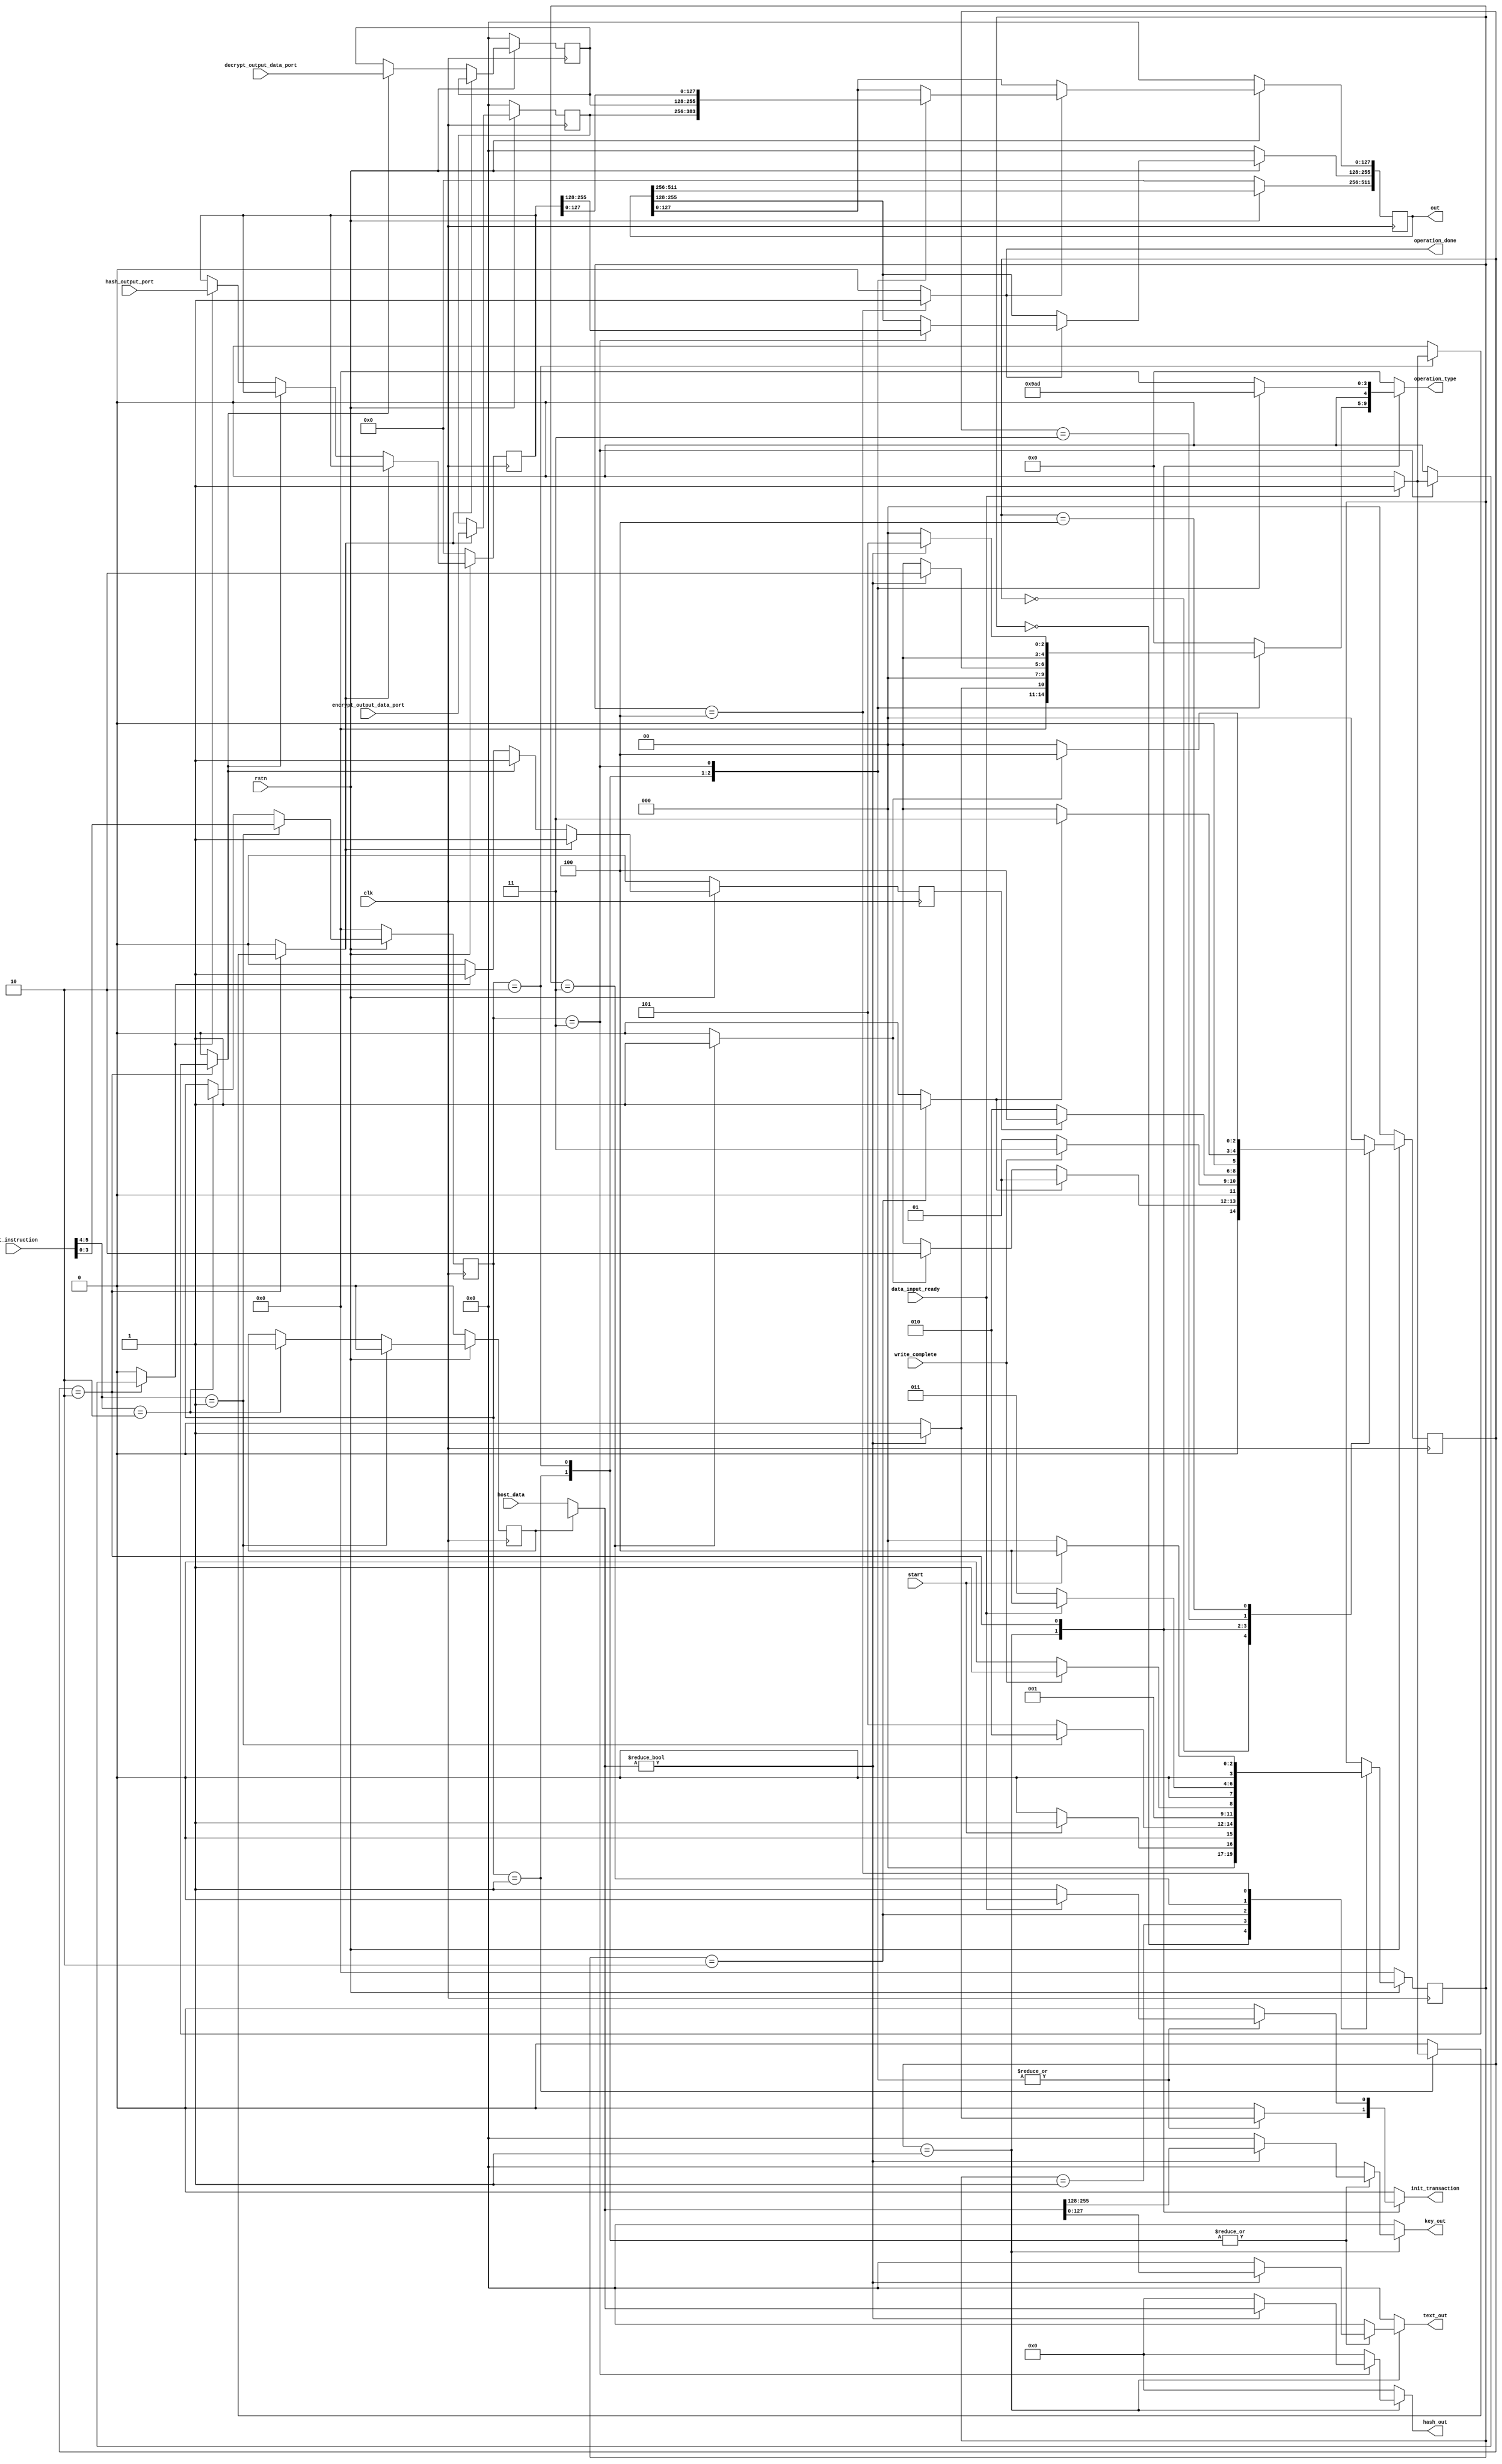
module master #(
	parameter integer INSTRUCT_SIZE = 4,
	parameter integer HOST_INSTRUCT_SIZE = 6,
	parameter SECURE_FUNC_ENC = 2'b10,
	parameter NON_SECURE_FUNC_ENC = 2'b01,
	parameter INSTRUCT_ENCRPT   = 4'b0001,
	parameter INSTRUCT_DECRPT   = 4'b0010,
	parameter INSTRUCT_HASH     = 4'b0011,
	parameter integer NO_OF_SLAVE = 7,
	
	//
	parameter integer ADDR_BUS_WIDTH = 32,
	parameter integer DATA_BUS_WIDTH = 32,
	parameter integer INPUT_DATA_SIZE = 128,
	parameter integer MAX_INPUT_DATA_SIZE = 512,
	parameter integer AES_TEXT_KEY_SIZE = 128,
	parameter integer HASH_INPUT_SIZE = 512,
	parameter integer HASH_OUTPUT_SIZE = 256,
	parameter integer MAX_OUTPUT_DATA_SIZE = 512,
	//
	parameter integer OPERATION_ENCODE_SIZE = 5,
	parameter ENCRPT_WRITE_ENCODE   = 5'b00001,
	parameter DECRPT_WRITE_ENCODE   = 5'b00010,
	parameter HASH_WRITE_ENCODE     = 5'b00101,
	parameter ENCRPT_READ_ENCODE    = 5'b01001,
	parameter DECRPT_READ_ENCODE    = 5'b01010,
	parameter HASH_READ_ENCODE      = 5'b01101,
	
	parameter total_number_byte_size = 8,
	parameter enable_data_out_size = 32,
	parameter test_response_size = 32,
	parameter KS_value_size = 4,
	parameter P_value_size = 4,
	parameter capture_count_size = 16,
	parameter Private_key_chip_size = 128,
	parameter hash_output_size = 256,
	
	//Base addresses
	parameter AES_WRITE_BASE_ADDR = 32'h00000000,
	parameter AES_READ_BASE_ADDR = 32'h00000190,
	parameter HASH_WRITE_BASE_ADDR = 32'h00000640,
	parameter HASH_READ_BASE_ADDR= 32'h000007D0



)
( clk, rstn, host_instruction, host_data, write_complete, text_out, key_out, operation_type, hash_out, 
encrypt_output_data_port, decrypt_output_data_port, hash_output_port, 
data_input_ready, init_transaction, start, operation_done, out


    );
    
    //Global Input signals and inputs from host
    input clk, rstn;
    input [HOST_INSTRUCT_SIZE-1:0] host_instruction;
    input [MAX_INPUT_DATA_SIZE-1:0] host_data;
    input start;
    
    //Inputs from SAP master wrapper for internal transactions
    
    input data_input_ready;
    input write_complete;
    input [AES_TEXT_KEY_SIZE-1:0] encrypt_output_data_port, decrypt_output_data_port;
    input [HASH_OUTPUT_SIZE-1:0] hash_output_port;
    
    //output signals to host
    //output reg busy;
    output reg operation_done;
	output reg [MAX_OUTPUT_DATA_SIZE-1:0] out;
    
    //Output signals to wrapper for internal transactions
   
    output reg [AES_TEXT_KEY_SIZE-1:0] text_out;
    output reg [AES_TEXT_KEY_SIZE-1:0] key_out;
    output reg [HASH_INPUT_SIZE-1:0] hash_out;
    output reg [OPERATION_ENCODE_SIZE-1:0] operation_type;
    output reg init_transaction;
    
    reg [MAX_INPUT_DATA_SIZE-1:0] input_data_port;
    wire [MAX_INPUT_DATA_SIZE-1:0] internal_data_port;
    wire [HASH_INPUT_SIZE-1:0] hash_input;
    wire [1:0] secure_or_non;
    reg input_select;
    reg [INSTRUCT_SIZE-1:0] input_instuct;
    reg [AES_TEXT_KEY_SIZE-1:0] encrypt_output, decrypted_output;
    reg [HASH_OUTPUT_SIZE-1:0] hash_output;
    reg encrypt_output_ready, decrypt_output_ready, hash_output_ready;
    reg input_data_transfer_complete;
    reg non_secure_func_start;
    reg secure_func_start;
    reg [INSTRUCT_SIZE-1:0] sap_secure_instruction;
    reg [NO_OF_SLAVE-1:0] slave_busy;
    reg write_start, read_start;

    //Input select determines whether the input is coming from HOST processor 
    
	always @(input_select or host_data or internal_data_port)
		begin
			if (input_select  == 0)
				input_data_port <= host_data;
			else 
				input_data_port <= internal_data_port;
		end
    
    assign secure_or_non = host_instruction[HOST_INSTRUCT_SIZE-1:HOST_INSTRUCT_SIZE-2];
    
    // Instruction decode for secure and non-secure task. assignment of input_instuct
    
    always @(posedge clk )
    begin
        if (rstn == 0)
            begin
                input_instuct <= 0;
                input_select <= 0;
            end
        else 
            begin
                if (secure_or_non == NON_SECURE_FUNC_ENC)
                    begin
                        input_instuct <= host_instruction[HOST_INSTRUCT_SIZE-3:0];
                        input_select <= 0;
                    end
                else if (secure_or_non == SECURE_FUNC_ENC)
                    begin
                        input_instuct <= sap_secure_instruction;
                        input_select <= 1;
                    end
            end
    end
	
	// output to host
	
	always @(posedge clk)
		begin
			if (rstn == 0)
				begin
					out <= 0;
				end
				
			else 
				begin
					if (operation_done == 1)
						begin
							case (input_instuct)
									INSTRUCT_ENCRPT  : begin out[AES_TEXT_KEY_SIZE-1:0] <= encrypt_output; end
									INSTRUCT_DECRPT  : begin out[AES_TEXT_KEY_SIZE-1:0] <= decrypted_output; end
									INSTRUCT_HASH    : begin out[HASH_OUTPUT_SIZE-1:0] <= hash_output; end
							endcase
						end
						
				end
		
		end
    
    // Determining if any slave is busy or idle
    
    always @(posedge clk)
        begin
            if (rstn == 0)
                begin
                    slave_busy <= 0;
                end
              
             else if (write_complete == 1)
                begin
                    case (input_instuct)
                        INSTRUCT_ENCRPT  : begin slave_busy[0] <= 1; end
                        INSTRUCT_DECRPT  : begin slave_busy[0] <= 1; end
                        INSTRUCT_HASH    : begin slave_busy[1] <= 1; end
                     endcase
                end
             else if (input_data_transfer_complete == 1)
                begin
                    case (input_instuct)
                        INSTRUCT_ENCRPT  : begin slave_busy[0] <= 0; end
                        INSTRUCT_DECRPT  : begin slave_busy[0] <= 0; end
                        INSTRUCT_HASH    : begin slave_busy[1] <= 0; end
                     endcase
                end
  
        end
        
   
    //Registers to store the read data from slaves
     always @(posedge clk) begin
        if (rstn == 0) begin
          
			encrypt_output <= 0;
			decrypted_output <= 0;
			hash_output <= 0;
			input_data_transfer_complete <= 0;
        end
        
     else if (encrypt_output_ready == 1) 
        begin
            encrypt_output <= encrypt_output_data_port;  
            input_data_transfer_complete <= 1;
        end   
     else if (decrypt_output_ready == 1)  
        begin      
            decrypted_output <= decrypt_output_data_port;  
            input_data_transfer_complete <= 1;
        end
     else if (hash_output_ready == 1)       
        begin 
            hash_output <= hash_output_port;        
            input_data_transfer_complete <= 1;
        end    
  
    //#################################################################################
    else
        input_data_transfer_complete <= 0;
     end
     //#################################################################################
     
    //FSM for managing read and write to the components
    localparam   IDLE  = 'd0,
                WRITE = 'd1,
                READ  = 'd2,
                WRITE_DONE  = 'd3,
                READ_DONE = 'd4;
        
    reg [2:0] state, next_state;
            
    always @(posedge clk)
    begin
        if (rstn == 0)
            state <= IDLE;
        else 
            state <= next_state;
    end
    
    always @(*)
    begin
    
        next_state <= state;
        init_transaction <= 0;

        text_out <= 0;
        key_out <= 0;
        operation_type <= 0;
        hash_out <= 0;
        encrypt_output_ready <= 0;
        decrypt_output_ready <= 0;
        hash_output_ready <= 0;
        
        case(state)
            IDLE:   begin
                        if (write_start == 1)
                            next_state <= WRITE;
                        else if (read_start == 1)
                            next_state <= READ;
                        else 
                            next_state <= IDLE;
                    end
                    
             WRITE: begin    
                         if (write_complete == 1)
                            begin
                                init_transaction <= 0;
                                next_state <= WRITE_DONE;
                            end
                         else 
                                next_state <= WRITE;
                              
                                            
                       case (input_instuct)
                       INSTRUCT_ENCRPT:     begin
                                                    
                                                    if (input_data_port != 0)
                                                    begin
                                                            text_out <= input_data_port[AES_TEXT_KEY_SIZE-1:0];
                                                            key_out <= input_data_port[AES_TEXT_KEY_SIZE*2-1:AES_TEXT_KEY_SIZE];
                                                            operation_type <= ENCRPT_WRITE_ENCODE;
                                                            init_transaction <= 1;
                                                           
                                                    end
                                                                                                     
                                            end
                                            
                       INSTRUCT_DECRPT:     begin
                                                    if (input_data_port != 0)
                                                    begin
                                                            text_out <= input_data_port[AES_TEXT_KEY_SIZE-1:0];
                                                            key_out <= input_data_port[AES_TEXT_KEY_SIZE*2-1:AES_TEXT_KEY_SIZE];
                                                            operation_type <= DECRPT_WRITE_ENCODE;
                                                            init_transaction <= 1;
                                                       
                                                    end
                                                                                                      
                                            end 
                                            
                       INSTRUCT_HASH:       begin
                                                    if (input_data_port != 0)
                                                    begin
                                                            hash_out <= input_data_port[HASH_INPUT_SIZE-1:0];
                                                            operation_type <= HASH_WRITE_ENCODE;
                                                            init_transaction <= 1;
                                                        
                                                    end
                                                    
                                            end 
                                        
                       endcase                   
                    end
                    
             READ: begin
                            
                         if (input_data_transfer_complete == 1) 
                            begin
                                init_transaction <= 0;
                                next_state <= READ_DONE;
                            end
                         else 
                            begin
                                next_state <= READ;
                            end
                            
                        case (input_instuct)
                        
                        INSTRUCT_ENCRPT:    begin
                                                operation_type <= ENCRPT_READ_ENCODE;
                                                init_transaction <= 1;
                                                //#################################################################################
                                                if (data_input_ready == 1 )
                                                begin 
                                                    encrypt_output_ready <= 1;
                                                    init_transaction <= 0;
                                                end
                                                //#################################################################################
                                                
 
                                            end
                                            
                        INSTRUCT_DECRPT:    begin
                                                operation_type <= DECRPT_READ_ENCODE;
                                                init_transaction <= 1;
                                                //#################################################################################
                                                if (data_input_ready == 1 )
                                                begin 
                                                    decrypt_output_ready <= 1;
                                                    init_transaction <= 0;
                                                end
                                                //#################################################################################
 
                                            end
                                            
                        INSTRUCT_HASH:      begin
                                                 operation_type <= HASH_READ_ENCODE;
                                                 init_transaction <= 1;
                                                 
                                                 if (data_input_ready == 1 ) 
                                                 begin
                                                    hash_output_ready <= 1;
                                                    init_transaction <= 0;
                                                 end
                                                      
                                            end
                                            
                        
                        endcase
                    end
                    
             WRITE_DONE: begin
//                            done_write <= 1;
                            if (write_start == 0)
                                next_state <= IDLE;
                            else 
                                next_state <= WRITE_DONE;
                         end   
                         
             READ_DONE: begin
//                            done_read <= 1;                                
                            if (read_start == 0)
                                next_state <= IDLE;
                            else 
                                next_state <= READ_DONE;
                        end
             
             default: 
                            next_state <= IDLE;
        endcase
    
    end
    
    // FSM Controller 
     localparam  SAP_IDLE     = 'd0,
                SAP_S_OR_NS  = 'd1,
                SAP_NS_WRITE = 'd2,
                SAP_NS_READ  = 'd3,  
                SAP_NS_DONE  = 'd4,
                SAP_S_WRITE  = 'd5;
                
     reg [3:0] sap_state, sap_next_state;
     
     always @(posedge clk)
        begin
            if (rstn == 0)
                sap_state <= SAP_IDLE;
            else 
                sap_state <= sap_next_state;
        end
    
    always @(*)
        begin
            operation_done <= 0;
            sap_next_state <= sap_state;
            write_start <= 0;
            read_start <= 0;
            
            case(sap_state)
                SAP_IDLE:   begin
                                if (start == 1)
                                    sap_next_state <= SAP_S_OR_NS;
                                else 
                                    sap_next_state <= SAP_IDLE;
                            end
                            
                SAP_S_OR_NS: begin
                                if (secure_or_non == NON_SECURE_FUNC_ENC) 
                                    sap_next_state <= SAP_NS_WRITE;    
                                else 
                                    sap_next_state <= SAP_S_WRITE; 
                              end  
                SAP_NS_WRITE: begin
                                    write_start <= 1;
                                    //#################################################################################
                                    if (write_complete == 1)
                                    //#################################################################################
                                        sap_next_state <= SAP_NS_READ;  
                                    else 
                                        sap_next_state <= SAP_NS_WRITE; 
                              end
                SAP_NS_READ: begin
                                    write_start <= 0;
                                    read_start <= 1;
                                    //#################################################################################
                                    if (data_input_ready == 1)
                                    //#################################################################################
                                        sap_next_state <= SAP_NS_DONE;  
                                    else 
                                        sap_next_state <= SAP_NS_READ; 
                              end     
                SAP_NS_DONE:  begin
                                    read_start <= 0;
                                    operation_done <= 1;
                                    if (start == 0)
                                        sap_next_state <= SAP_IDLE;  
                                    else 
                                        sap_next_state <= SAP_NS_DONE; 
                              end                   
                        
            endcase
        end
endmodule